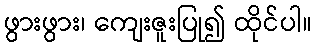
ဖွားဖွား၊ ကျေးဇူးပြု၍ ထိုင်ပါ။